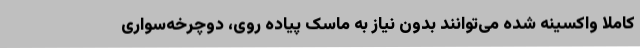
کاملا واکسینه شده می‌توانند بدون نیاز به ماسک پیاده ‌روی، دوچرخه‌سواری